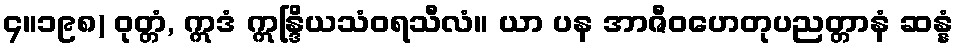
၄။၁၉၈) ဝုတ္တံ, ဣဒံ ဣန္ဒြိယသံဝရသီလံ။ ယာ ပန အာဇီဝဟေတုပညတ္တာနံ ဆန္နံ